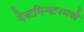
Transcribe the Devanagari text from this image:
वेस्टमिन्स्टरमध्ये